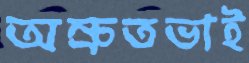
অম্রুতভাই